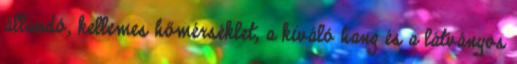
állandó, kellemes hőmérséklet, a kiváló hang és a látványos